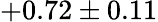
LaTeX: +0.72\pm 0.11